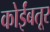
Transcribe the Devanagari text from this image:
कोईंबतूर